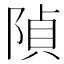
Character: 𨺟